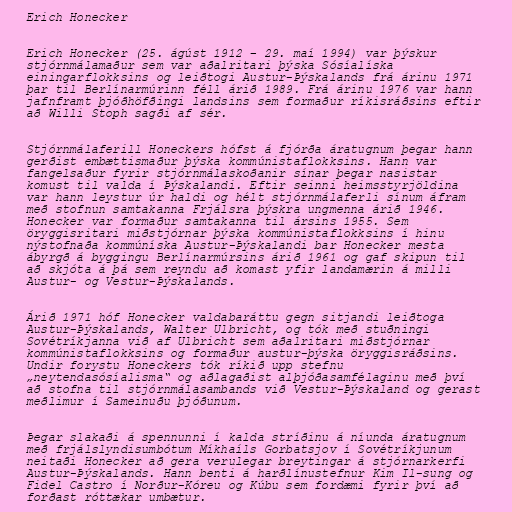
Erich Honecker

Erich Honecker (25. ágúst 1912 – 29. maí 1994) var þýskur
stjórnmálamaður sem var aðalritari þýska Sósíalíska
einingarflokksins og leiðtogi Austur-Þýskalands frá árinu 1971
þar til Berlínarmúrinn féll árið 1989. Frá árinu 1976 var hann
jafnframt þjóðhöfðingi landsins sem formaður ríkisráðsins eftir
að Willi Stoph sagði af sér.

Stjórnmálaferill Honeckers hófst á fjórða áratugnum þegar hann
gerðist embættismaður þýska kommúnistaflokksins. Hann var
fangelsaður fyrir stjórnmálaskoðanir sínar þegar nasistar
komust til valda í Þýskalandi. Eftir seinni heimsstyrjöldina
var hann leystur úr haldi og hélt stjórnmálaferli sínum áfram
með stofnun samtakanna Frjálsra þýskra ungmenna árið 1946.
Honecker var formaður samtakanna til ársins 1955. Sem
öryggisritari miðstjórnar þýska kommúnistaflokksins í hinu
nýstofnaða kommúníska Austur-Þýskalandi bar Honecker mesta
ábyrgð á byggingu Berlínarmúrsins árið 1961 og gaf skipun til
að skjóta á þá sem reyndu að komast yfir landamærin á milli
Austur- og Vestur-Þýskalands.

Árið 1971 hóf Honecker valdabaráttu gegn sitjandi leiðtoga
Austur-Þýskalands, Walter Ulbricht, og tók með stuðningi
Sovétríkjanna við af Ulbricht sem aðalritari miðstjórnar
kommúnistaflokksins og formaður austur-þýska öryggisráðsins.
Undir forystu Honeckers tók ríkið upp stefnu
„neytendasósíalisma“ og aðlagaðist alþjóðasamfélaginu með því
að stofna til stjórnmálasambands við Vestur-Þýskaland og gerast
meðlimur í Sameinuðu þjóðunum.

Þegar slakaði á spennunni í kalda stríðinu á níunda áratugnum
með frjálslyndisumbótum Míkhaíls Gorbatsjov í Sovétríkjunum
neitaði Honecker að gera verulegar breytingar á stjórnarkerfi
Austur-Þýskalands. Hann benti á harðlínustefnur Kim Il-sung og
Fidel Castro í Norður-Kóreu og Kúbu sem fordæmi fyrir því að
forðast róttækar umbætur.